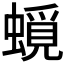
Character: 𧐎